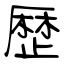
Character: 歴